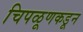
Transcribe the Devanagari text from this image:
चिपळूणकडून